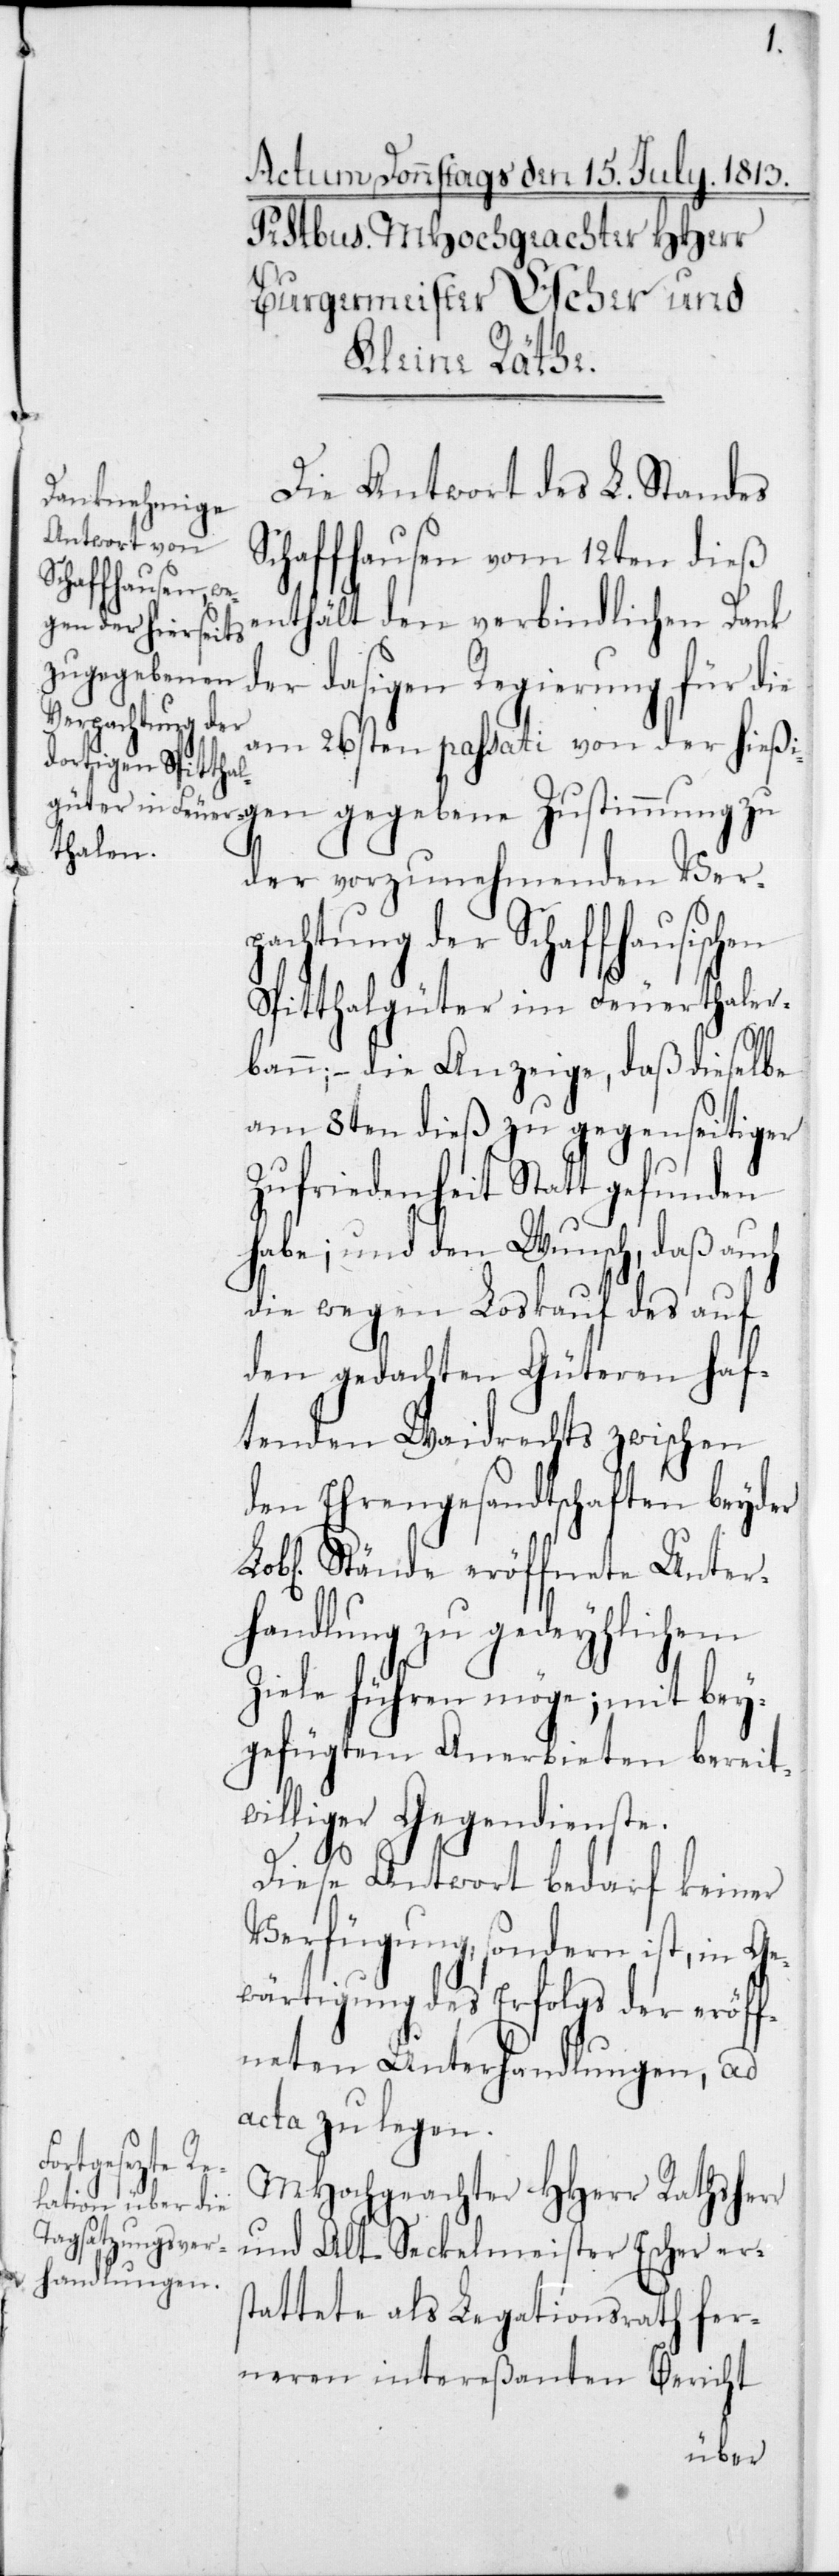
Die Antwort des L. Standes
Schaffhausen vom 12ten dieß
enthält den verbindlichen Dank
gen gegebene
der dasigen Regierung für die
am 26sten passati von der hießi¬
der vorzunehmenden Ver¬
pachtung der Schaffhausischen
Spitthalgüter im Feuerthaler¬
bann, – die Anzeige, daß dieselbe
am 8ten dieß zu gegenseitiger
Zufriedenheit Statt gefunden
habe; und den Wunsch, daß auch
die wegen Loskauf des auf
den gedachten Güteren haf¬
tenden Waidrechts zwischen
den Ehrengesandtschaften beyder
Stände eröffnete Unter¬
handlung zu gedeyhlichem
Ziele führen möge; mit
bey¬
gefügtem Anerbieten bereitw¬
illiger Gegendienste.
Diese Antwort bedarf keiner
Verfügung, sondern ist, in Ge¬
wärtigung des Erfolgs der eröff¬
neten Unterhandlungen, ad
acta zu legen.
MHochgeachter HHerr Rathsherr
und Alt Seckelmeister Escher ers¬
tattete als Legationsrath fer¬
neren intereßanten Bericht